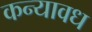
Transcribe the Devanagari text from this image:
कन्यावध